18_6369445_General_1948_Vol_1
Agency: Department of War
Incident date: 6/15/48
Page 10
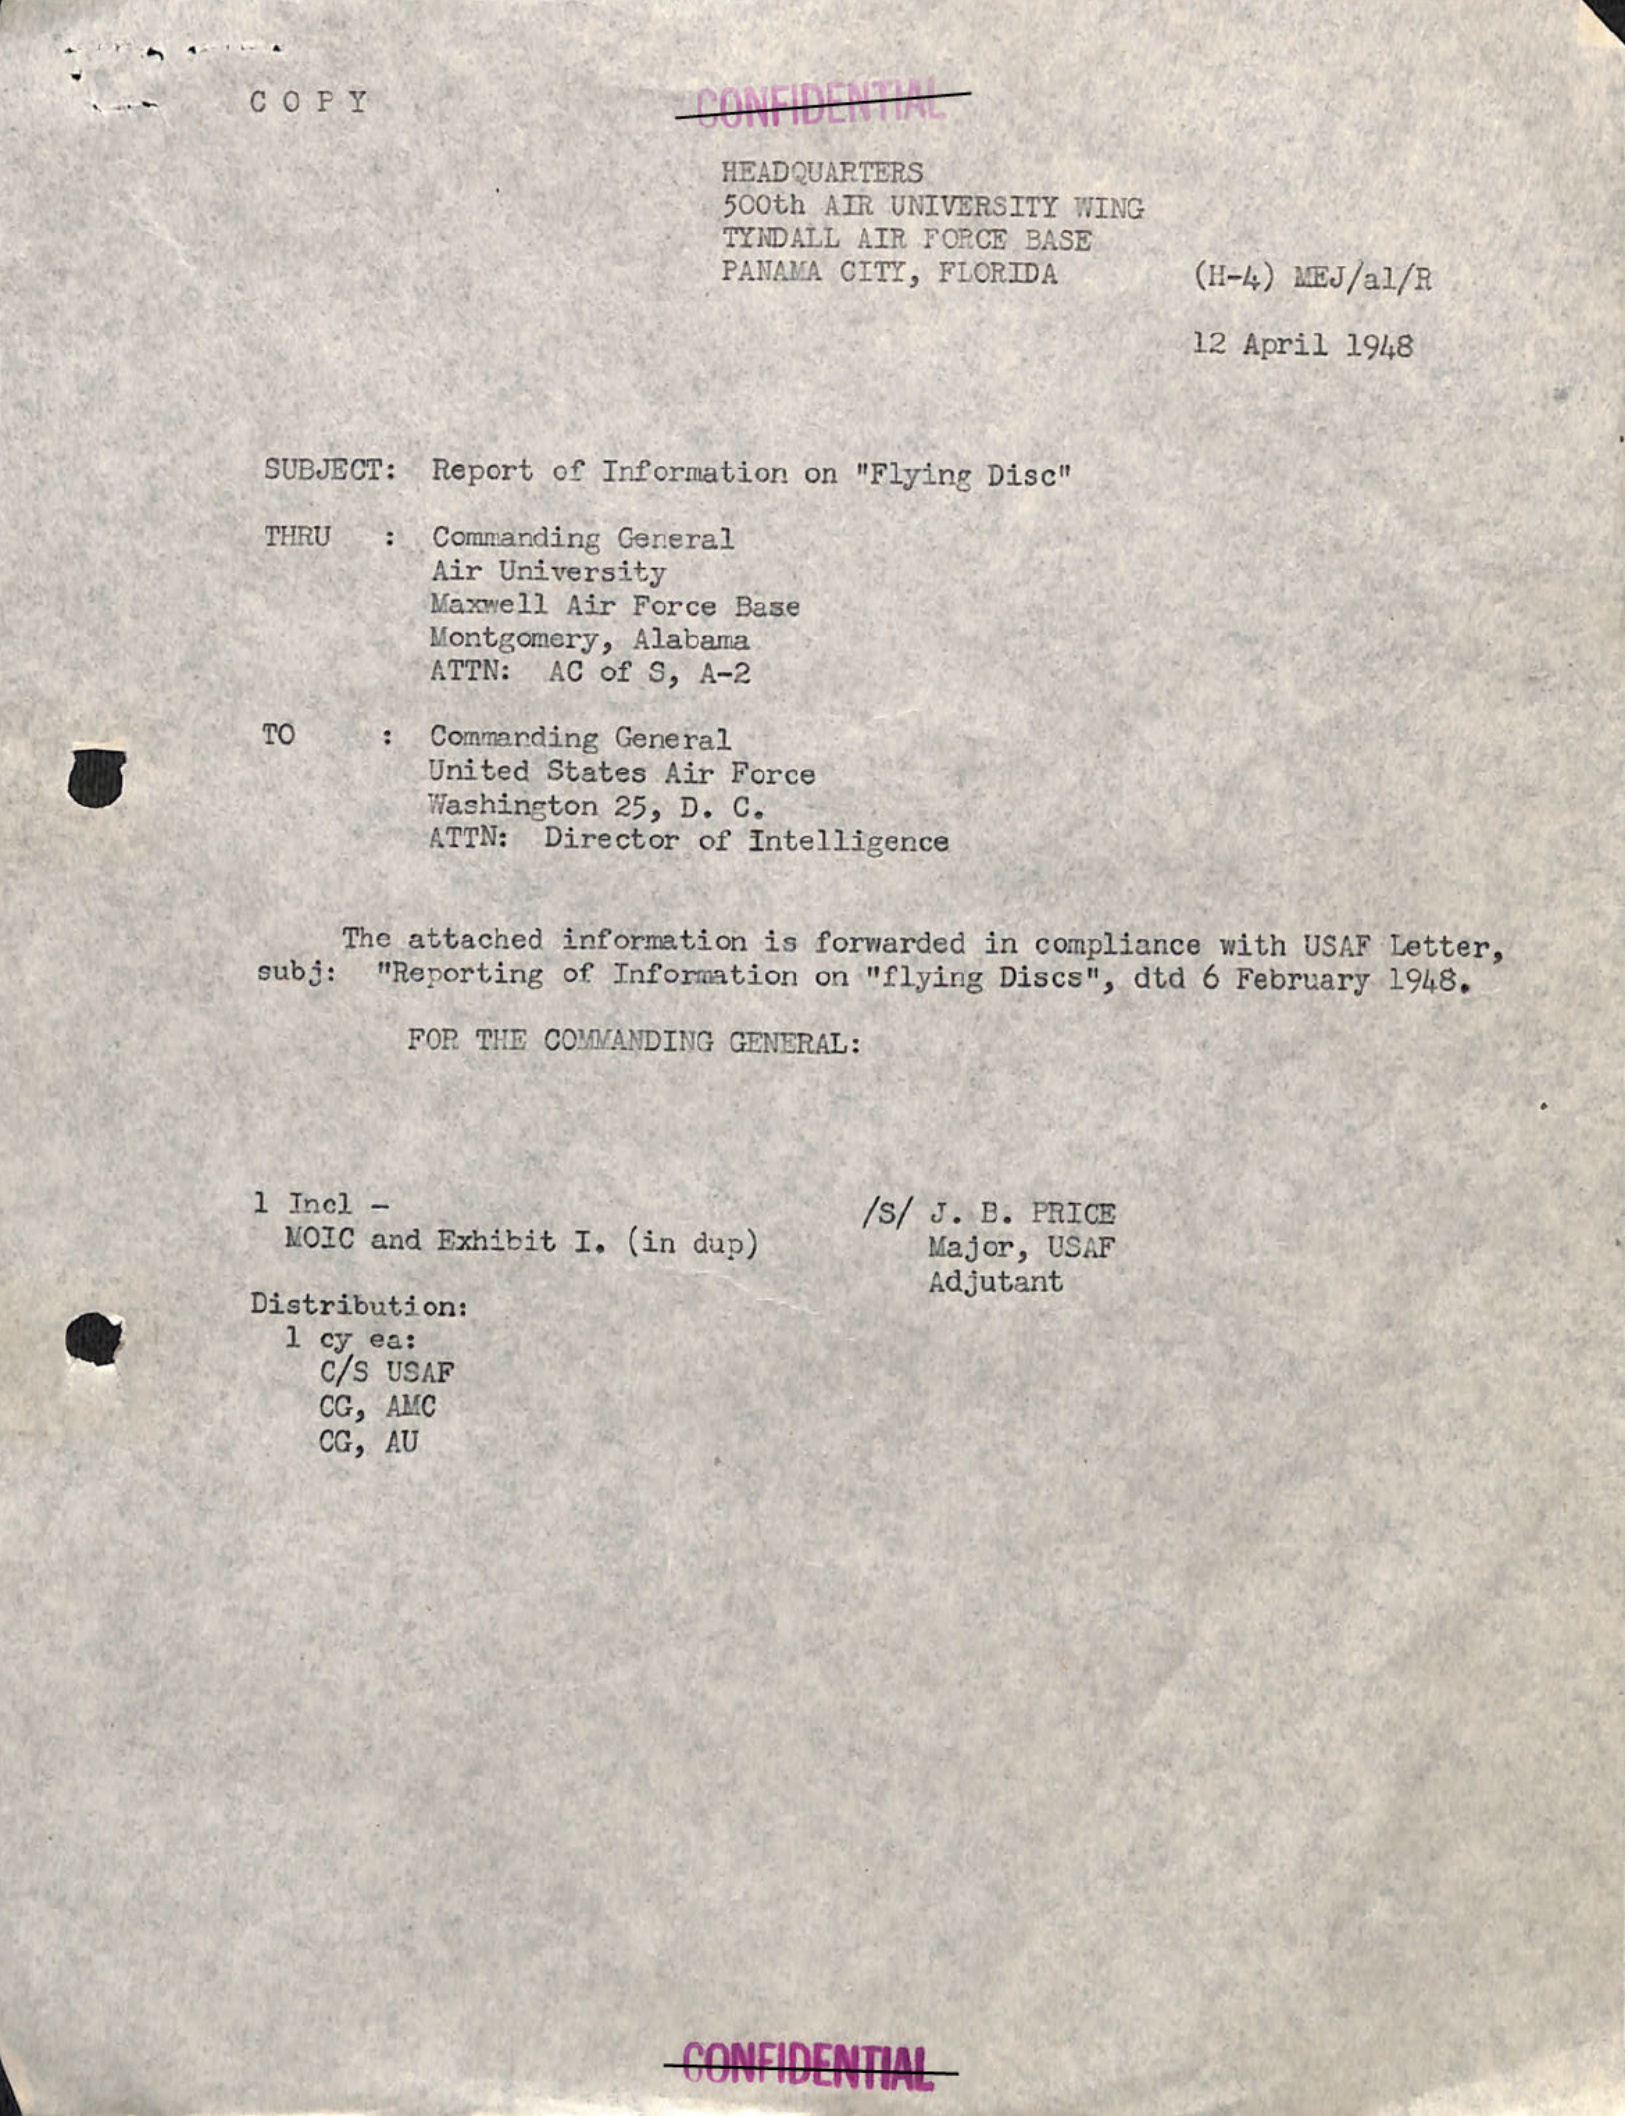